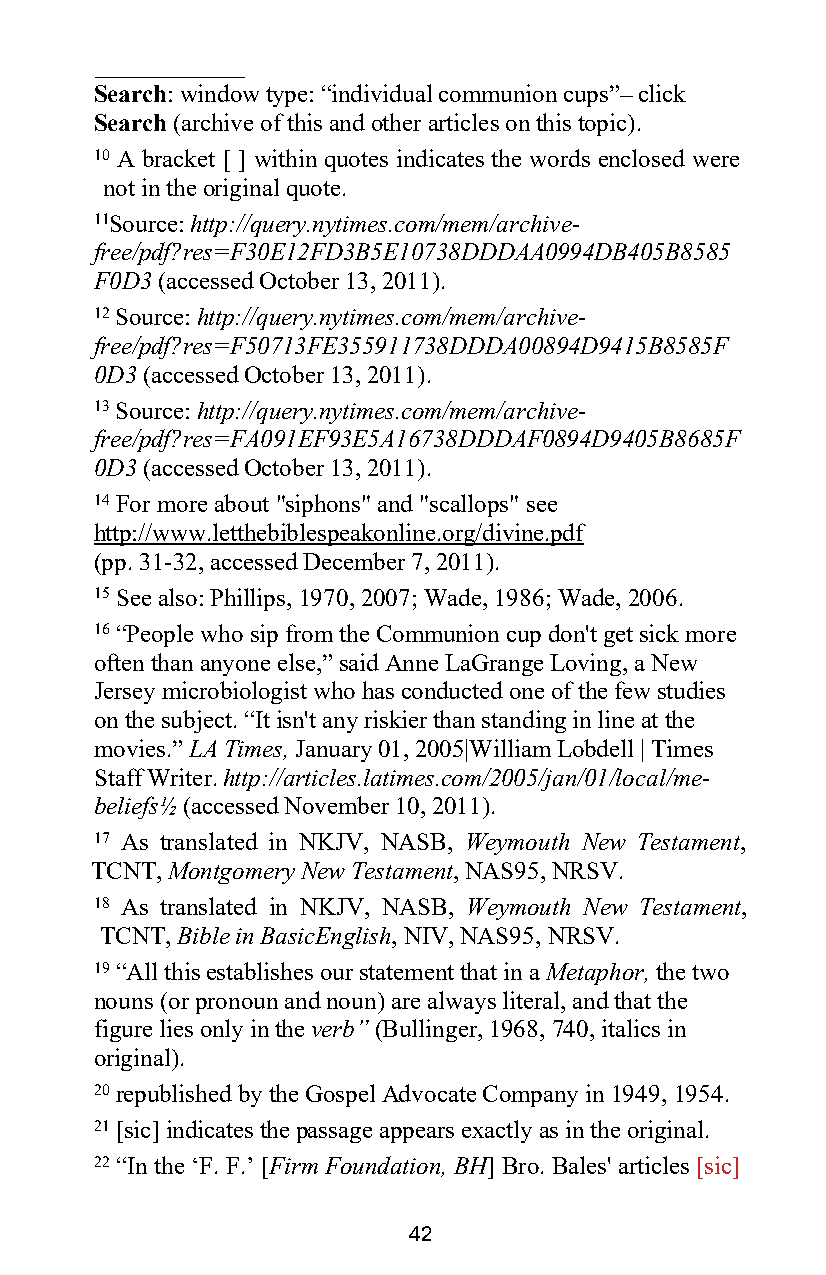
Search: window type: “individual communion cups”– click
 Search (archive of this and other articles on this topic).
 10 A bracket [ ] within quotes indicates the words enclosed were
 not in the original quote.
 11Source: http://query.nytimes.com/mem/archive-
 free/pdf?res=F30E12FD3B5E10738DDDAA0994DB405B8585
 F0D3 (accessed October 13, 2011).
 12 Source: http://query.nytimes.com/mem/archive-
 free/pdf?res=F50713FE355911738DDDA00894D9415B8585F
 0D3 (accessed October 13, 2011).
 13 Source: http://query.nytimes.com/mem/archive-
 free/pdf?res=FA091EF93E5A16738DDDAF0894D9405B8685F
 0D3 (accessed October 13, 2011).
 14 For more about "siphons" and "scallops" see
 http://www.letthebiblespeakonline.org/divine.pdf
 (pp. 31-32, accessed December 7, 2011).
 15 See also: Phillips, 1970, 2007; Wade, 1986; Wade, 2006.
 16 “People who sip from the Communion cup don't get sick more
 often than anyone else,” said Anne LaGrange Loving, a New
 Jersey microbiologist who has conducted one of the few studies
 on the subject. “It isn't any riskier than standing in line at the
 movies.” LA Times, January 01, 2005|William Lobdell | Times
 Staff Writer. http://articles.latimes.com/2005/jan/01/local/me-
 beliefs½ (accessed November 10, 2011).
 17 As translated in NKJV, NASB, Weymouth New Testament,
 TCNT, Montgomery New Testament, NAS95, NRSV.
 18 As translated in NKJV, NASB, Weymouth New Testament,
 TCNT, Bible in BasicEnglish, NIV, NAS95, NRSV.
 19 “All this establishes our statement that in a Metaphor, the two
 nouns (or pronoun and noun) are always literal, and that the
 figure lies only in the verb” (Bullinger, 1968, 740, italics in
 original).
 20 republished by the Gospel Advocate Company in 1949, 1954.
 21 [sic] indicates the passage appears exactly as in the original.
 22 “In the ‘F. F.’ [Firm Foundation, BH] Bro. Bales' articles [sic]
 42